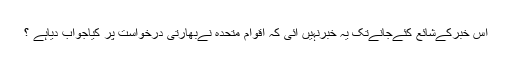
اس خبرکےشائع کئےجانےتک یہ خبرنہیں آئی کہ اقوام متحدہ نےبھارتی درخواست پر کیاجواب دیاہے ؟